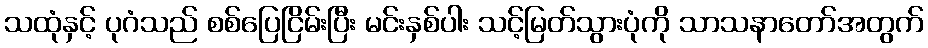
သထုံနှင့် ပုဂံသည် စစ်ပြေငြိမ်းပြီး မင်းနှစ်ပါး သင့်မြတ်သွားပုံကို သာသနာတော်အတွက်